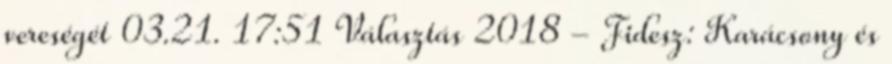
vereségét 03.21. 17:51 Választás 2018 - Fidesz: Karácsony és